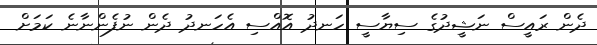
ދެން ރައީސް ނަޝީދުގެ ސިޔާސީ ހަނދު އޮއްސި އެހަނދު ދެން ނުފެންނާނެ ކަމަށް